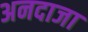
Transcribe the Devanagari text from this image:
अनदाजा